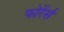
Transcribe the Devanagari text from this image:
फोरेंर्स